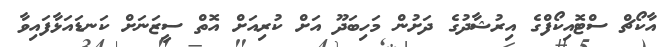
އާކޯޗް ސްޓޮއިކޯފްގެ އިރުޝާދުގެ ދަށުން މަހިބަދޫ އަށް ކުރިއަށް އޮތް ސީޒަނަށް ކަނޑައަޅާފައިވާ